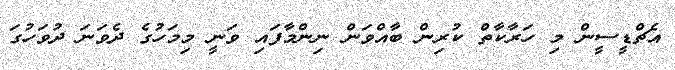
އެޗްޑީސީން މި ހަރާކާތް ކުރިން ބާއްވަން ނިންމާފައި ވަނީ މިމަހުގެ ދެވަނަ ދުވަހުގަ